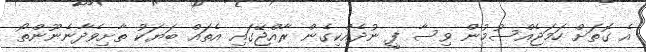
އެ ގޮތަށް ހަމަޖެއްސުމުން ވިސާ ފީ ނުދެއްކިގެން ރާއްޖޭގައި އެތައް ބަޔަކު ތާށިވެދާނެނޫންތޯ